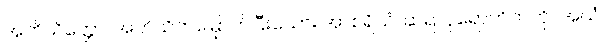
အဘိသိတ္တော၊ အဘိသိက်မြှောက်ပြီးသော်။ အာစရိယံ၊ ဆရာပုရောဟိတ်ကို။ အယံ၊